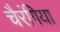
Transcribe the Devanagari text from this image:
चैरंगिया